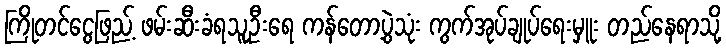
ကြိုတင်ငွေဖြည့် ဖမ်းဆီးခံရသူဦးရေ ကန်တော့ပွဲသုံး ကွက်အုပ်ချုပ်ရေးမှူး တည်နေရာသို့